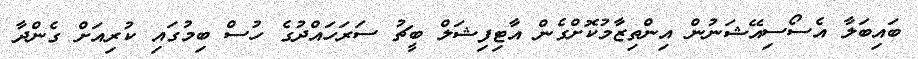
ބައިބަލާ އެސޯސިއޭޝަނުން އިންތިޒާމުކޮށްގެން އާޓިފިޝަލް ބީޗު ސަރަހައްދުގެ ހުސް ބިމުގައި ކުރިއަށް ގެންދާ